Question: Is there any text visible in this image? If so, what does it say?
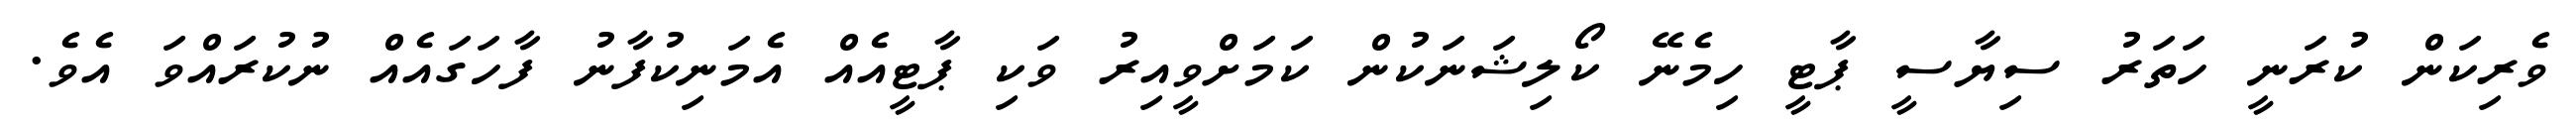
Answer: ވެރިކަން ކުރަނީ ހަތަރު ސިޔާސީ ޕާޓީ ހިމެނޭ ކޯލިޝަނަކުން ކަމަށްވީއިރު ވަކި ޕާޓީއެއް އެމަނިކުފާނު ފާހަގައެއް ނުކުރައްވަ އެވެ.